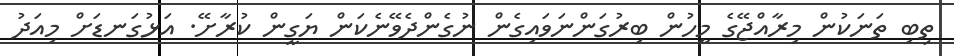
ތިބި ތަނަކުން މިރާއްޖޭގެ މީހުން ބިރުގަންނަވައިގެން ނުގެންދެވޭނެކަން ޔަގީން ކުރާށޭ. އަޅުގަނޑަށް މިއަދު